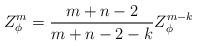
LaTeX: \begin{align*} Z_\phi^{m} = \frac{m+n-2}{m+n-2-k}Z_\phi^{m-k} \end{align*}